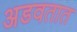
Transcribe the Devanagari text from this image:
अडवतात